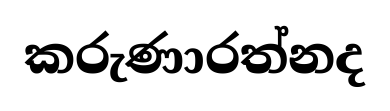
කරුණාරත්නද